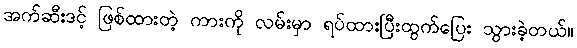
အက်ဆီးဒင့် ဖြစ်ထားတဲ့ ကားကို လမ်းမှာ ရပ်ထားပြီးထွက်ပြေး သွားခဲ့တယ်။